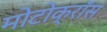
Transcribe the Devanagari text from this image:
मोटोक्राॅस